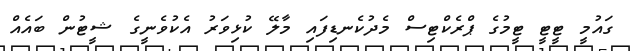
ގައުމީ ޓީޓީ ޓީމުގެ ޕްރެކްޓިސް މެދުކެނޑިފައި މާލޭ ކުޅިވަރު އެކުވެނީގެ ޝީޓުން ބައެއް